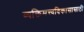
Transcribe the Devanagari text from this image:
व्यक्तिमत्त्वविकासासाठी